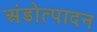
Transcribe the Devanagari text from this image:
अंडोत्पादन